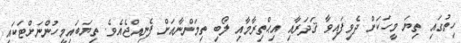
ހިތުގައި ތިޔަ މީހަކަށް ދެވިފައިވާ ޤަދަރާއި އިޙްތިރާމާއި ލޯބި ތިމަންނާއަށް ފެނިއްޖެއެވެ. ތިޔަބައިމީހުންނަށްޓަކައި